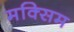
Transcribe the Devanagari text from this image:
मक्सिम